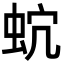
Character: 𧉡